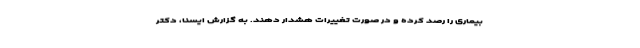
بیماری را رصد کرده و در صورت تغییرات هشدار دهند. به گزارش ایسنا، دکتر